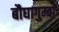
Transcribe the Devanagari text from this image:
बौघागुम्बा